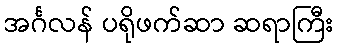
အင်္ဂလန် ပရိုဖက်ဆာ ဆရာကြီး